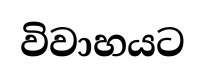
විවාහයට